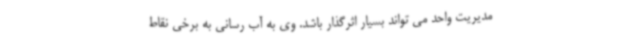
مدیریت واحد می تواند بسیار اثرگذار باشد. وی به آب رسانی به برخی نقاط